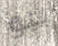
بيو